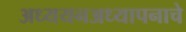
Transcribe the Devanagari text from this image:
अध्ययनअध्यापनाचे